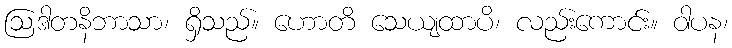
ဩဒါတနိဘာသာ၊ ရှိသည်။ ဟောတိ သေယျထာပိ၊ လည်းကောင်း။ ဝါပန၊